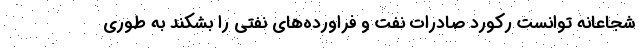
شجاعانه توانست رکورد صادرات نفت و فراورده‌های نفتی را بشکند به طوری